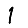
Digit: 1